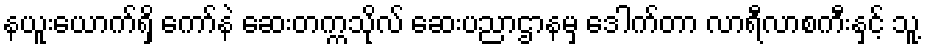
နယူးယောက်ရှိ ကော်နဲ ဆေးတက္ကသိုလ် ဆေးပညာဌာနမှ ဒေါက်တာ လာရီလာစကီးနှင့် သူ့